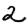
Digit: 2